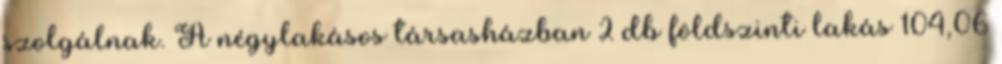
szolgálnak. A négylakásos társasházban 2 db földszinti lakás 104,06